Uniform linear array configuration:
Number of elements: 16
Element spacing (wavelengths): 0.5
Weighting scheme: exponential
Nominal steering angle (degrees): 45
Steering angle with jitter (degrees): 43.628
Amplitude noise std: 0.05
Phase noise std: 0.05

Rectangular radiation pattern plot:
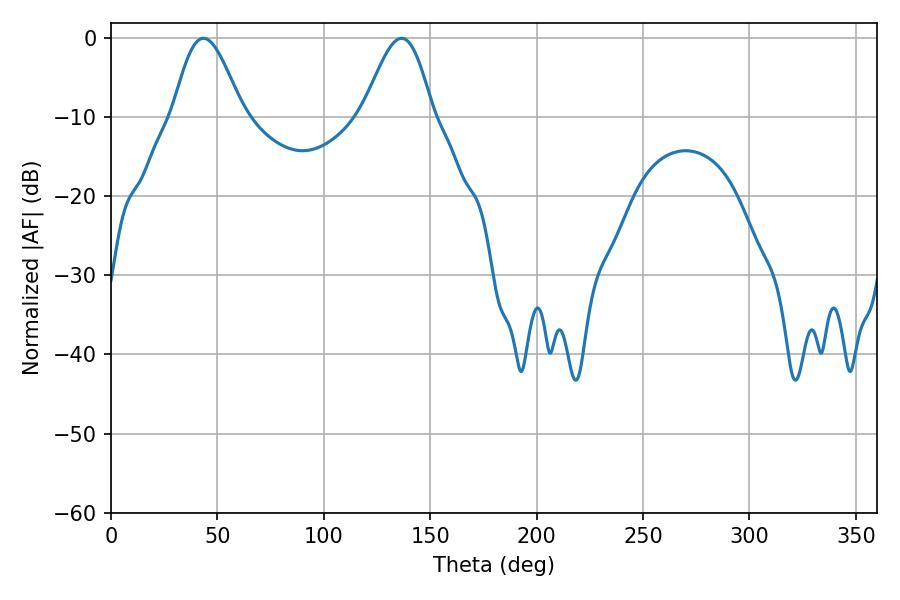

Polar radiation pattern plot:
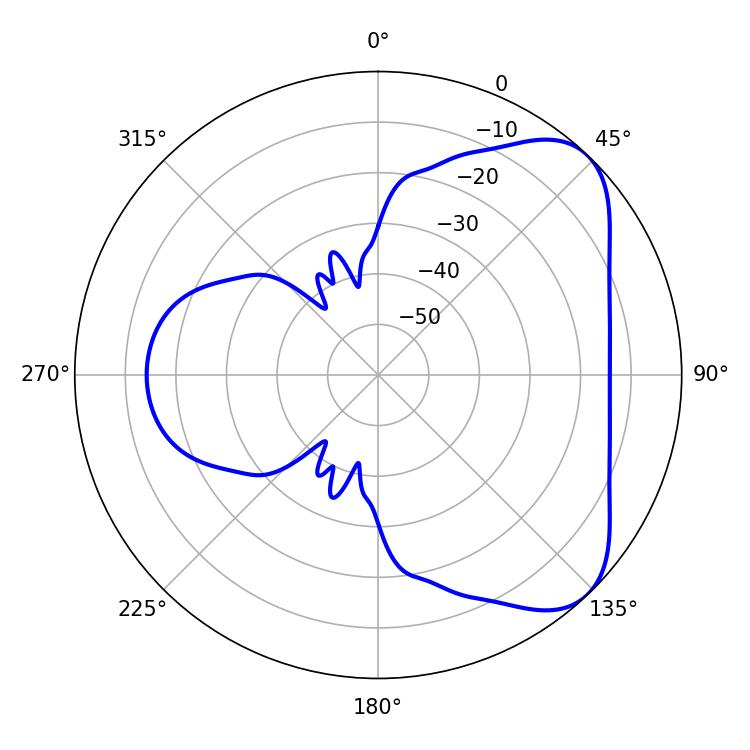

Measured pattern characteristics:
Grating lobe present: FALSE
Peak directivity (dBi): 6.014
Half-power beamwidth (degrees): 17.46
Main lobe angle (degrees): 43.38